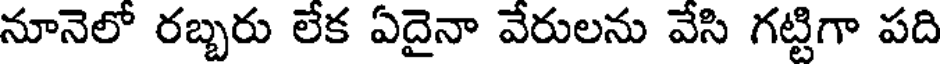
నూనెలో రబ్బరు లేక ఏదైనా వేరులను వేసి గట్టిగా పది